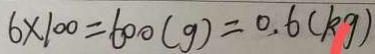
6 \times 1 0 0 = 6 0 0 ( g ) = 0 . 6 ( k g )